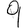
Digit: 9